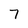
Character: 7